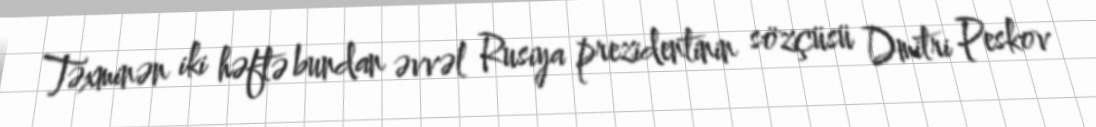
Təxminən iki həftə bundan əvvəl Rusiya prezidentinin sözçüsü Dmitri Peskov